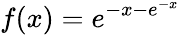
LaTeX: f(x)=e^{-x-e^{-x}}